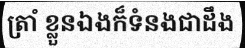
ត្រាំ ខ្លួនឯងក៏ទំនងជាដឹង